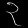
Digit: ၃